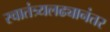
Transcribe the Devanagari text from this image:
स्वातंत्र्यलढ्यानंतर